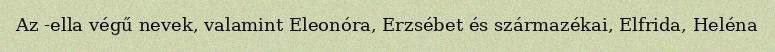
Az -ella végű nevek, valamint Eleonóra, Erzsébet és származékai, Elfrida, Heléna